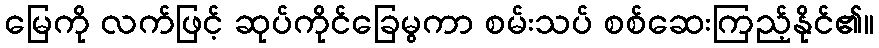
မြေကို လက်ဖြင့် ဆုပ်ကိုင်ခြေမွကာ စမ်းသပ် စစ်ဆေးကြည့်နိုင်၏။